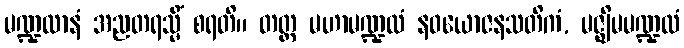
မဏ္ဍလာနံ အညတရသ္မိံ စရတိ။ တတ္ထ မဟာမဏ္ဍလံ နဝယောဇနသတိကံ, မဇ္ဈိမမဏ္ဍလံ